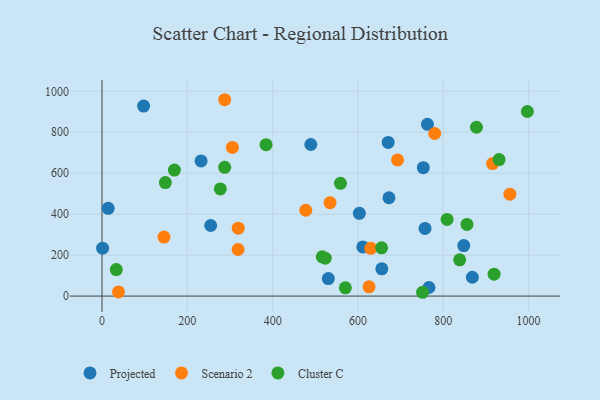
{"axis": {"x": "Distance", "y": "Sales"}, "legend": ["Cluster C", "Projected", "Scenario 2"], "data": [{"x": "254.8", "y": 344.8, "type": "Projected"}, {"x": "757.2", "y": 330.6, "type": "Projected"}, {"x": "611.4", "y": 239.9, "type": "Projected"}, {"x": "868.2", "y": 92.0, "type": "Projected"}, {"x": "766.4", "y": 41.9, "type": "Projected"}, {"x": "232.3", "y": 660.0, "type": "Projected"}, {"x": "753.1", "y": 626.9, "type": "Projected"}, {"x": "655.9", "y": 133.1, "type": "Projected"}, {"x": "603.2", "y": 404.1, "type": "Projected"}, {"x": "848.0", "y": 246.6, "type": "Projected"}, {"x": "530.5", "y": 85.5, "type": "Projected"}, {"x": "762.9", "y": 838.9, "type": "Projected"}, {"x": "97.6", "y": 927.7, "type": "Projected"}, {"x": "14.5", "y": 428.8, "type": "Projected"}, {"x": "1.5", "y": 233.9, "type": "Projected"}, {"x": "670.8", "y": 750.4, "type": "Projected"}, {"x": "489.5", "y": 740.2, "type": "Projected"}, {"x": "672.7", "y": 480.3, "type": "Projected"}, {"x": "915.6", "y": 647.3, "type": "Scenario 2"}, {"x": "319.4", "y": 331.8, "type": "Scenario 2"}, {"x": "630.0", "y": 233.1, "type": "Scenario 2"}, {"x": "305.7", "y": 725.9, "type": "Scenario 2"}, {"x": "477.7", "y": 419.1, "type": "Scenario 2"}, {"x": "319.1", "y": 227.6, "type": "Scenario 2"}, {"x": "145.3", "y": 288.4, "type": "Scenario 2"}, {"x": "692.8", "y": 665.1, "type": "Scenario 2"}, {"x": "626.0", "y": 45.3, "type": "Scenario 2"}, {"x": "38.7", "y": 20.3, "type": "Scenario 2"}, {"x": "287.6", "y": 958.9, "type": "Scenario 2"}, {"x": "956.1", "y": 497.8, "type": "Scenario 2"}, {"x": "779.9", "y": 793.9, "type": "Scenario 2"}, {"x": "534.6", "y": 456.1, "type": "Scenario 2"}, {"x": "384.6", "y": 739.2, "type": "Cluster C"}, {"x": "919.0", "y": 107.0, "type": "Cluster C"}, {"x": "169.7", "y": 615.4, "type": "Cluster C"}, {"x": "570.4", "y": 40.2, "type": "Cluster C"}, {"x": "838.4", "y": 177.2, "type": "Cluster C"}, {"x": "751.4", "y": 18.6, "type": "Cluster C"}, {"x": "997.1", "y": 901.4, "type": "Cluster C"}, {"x": "516.3", "y": 191.5, "type": "Cluster C"}, {"x": "287.6", "y": 629.0, "type": "Cluster C"}, {"x": "33.5", "y": 129.4, "type": "Cluster C"}, {"x": "148.6", "y": 554.4, "type": "Cluster C"}, {"x": "277.4", "y": 523.3, "type": "Cluster C"}, {"x": "930.8", "y": 666.6, "type": "Cluster C"}, {"x": "559.0", "y": 550.6, "type": "Cluster C"}, {"x": "808.9", "y": 374.6, "type": "Cluster C"}, {"x": "855.5", "y": 349.8, "type": "Cluster C"}, {"x": "877.8", "y": 824.6, "type": "Cluster C"}, {"x": "655.4", "y": 235.6, "type": "Cluster C"}, {"x": "523.3", "y": 184.9, "type": "Cluster C"}]}